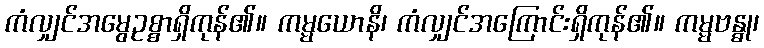
ကံလျှင်အမွေဥစ္စာရှိကုန်၏။ ကမ္မယောနိ၊ ကံလျှင်အကြောင်းရှိကုန်၏။ ကမ္မဗန္ဓု၊